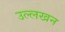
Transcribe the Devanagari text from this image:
उल्लखन